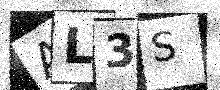
Text: AL3S